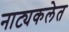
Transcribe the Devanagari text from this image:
नाट्यकलेत